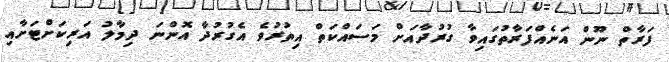
ފަރާތް ނޫން އަނެއްފަރާތުގައިވާ ގުރުދާއަށް މަސައްކަތް އިތުރުވެ އެގުރުދާ އޮންނަ ދިމާލު އަރިކަށްޓަށާއި